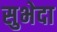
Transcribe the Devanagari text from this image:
सुभेदा